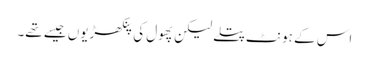
اس کے ہونٹ پتلے لیکن پھول کی پنکھڑیوں جیسے تھے۔